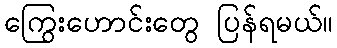
ကြွေးဟောင်းတွေ ပြန်ရမယ်။